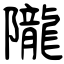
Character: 隴